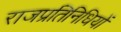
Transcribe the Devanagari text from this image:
राजप्रतिनिधियों